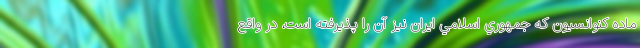
ماده كنوانسيون كه جمهوري اسلامي ايران نيز آن را پذيرفته است، در واقع